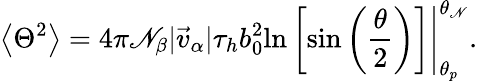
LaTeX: \left<\Theta^{2}\right>=4\pi\mathscr{N}_{\beta}|\vec{{v}}_{\alpha}|\tau_{h}b_{0}^{2}\left.\ln\left[\sin\left(\frac{{\theta}}{{2}}\right)\right]\right|_{\theta_{p}}^{\theta_{\mathscr{N}}}.